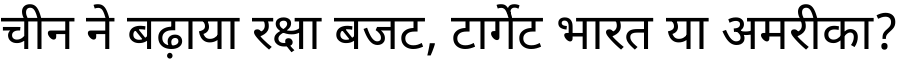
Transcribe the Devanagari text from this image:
चीन ने बढ़ाया रक्षा बजट, टार्गेट भारत या अमरीका?